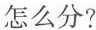
怎么分?